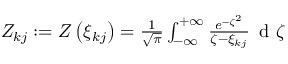
\begin{array} { r } { Z _ { k j } : = Z \left( \xi _ { k j } \right) = \frac { 1 } { \sqrt { \pi } } \int _ { - \infty } ^ { + \infty } { \frac { e ^ { - \zeta ^ { 2 } } } { \zeta - \xi _ { k j } } \, \mathrm { ~ d ~ } \zeta } } \end{array}